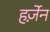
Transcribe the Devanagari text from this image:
हर्ज़ेन